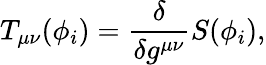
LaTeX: T_{\mu\nu}(\phi_{i})=\frac{\delta}{\delta g^{\mu\nu}}S(\phi_{i}),